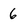
Character: 6